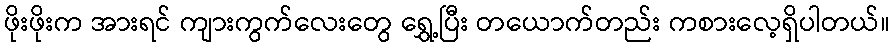
ဖိုးဖိုးက အားရင် ကျားကွက်လေးတွေ ရွှေ့ပြီး တယောက်တည်း ကစားလေ့ရှိပါတယ်။